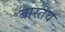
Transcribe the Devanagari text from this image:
बास्तव